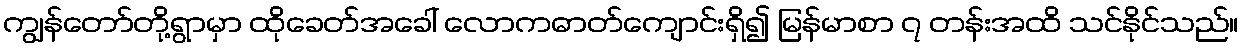
ကျွန်တော်တို့ရွာမှာ ထိုခေတ်အခေါ် လောကဓာတ်ကျောင်းရှိ၍ မြန်မာစာ ၇ တန်းအထိ သင်နိုင်သည်။